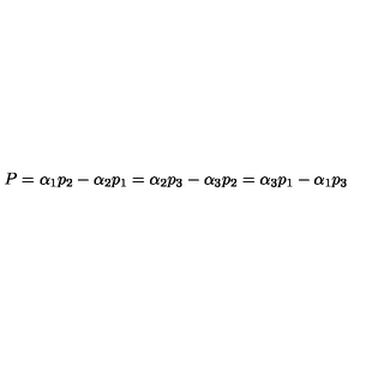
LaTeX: P = \alpha _ { 1 } p _ { 2 } - \alpha _ { 2 } p _ { 1 } = \alpha _ { 2 } p _ { 3 } - \alpha _ { 3 } p _ { 2 } = \alpha _ { 3 } p _ { 1 } - \alpha _ { 1 } p _ { 3 }